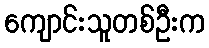
ကျောင်းသူတစ်ဦးက